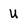
Character: U